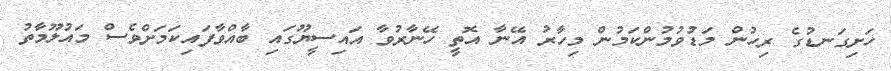
ހަށިގަނޑުގެ ރިހުން މަޑުވުމުންކަމުން މިހާރު އޭނާ އޮތީ ހޭނާރުވާ އައިސީޔޫގައި ބާއްވާފައިކަމަށްވެސް މައުލޫމާތު